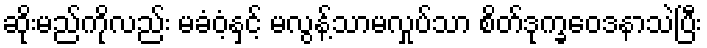
ဆိုးမည်ကိုလည်း မခံဝံ့နှင့် မလွန့်သာမလှုပ်သာ စိတ်ဒုက္ခဝေဒနာသဲပြီး